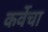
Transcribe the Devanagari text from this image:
कर्वेचा